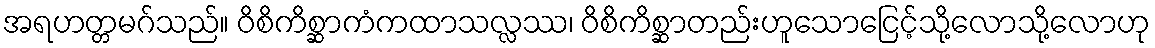
အရဟတ္တမဂ်သည်။ ဝိစိကိစ္ဆာကံကထာသလ္လဿ၊ ဝိစိကိစ္ဆာတည်းဟူသောငြေင့်သို့လောသို့လောဟု